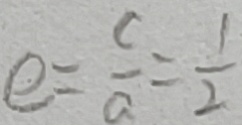
e = \frac { c } { a } = \frac { 1 } { 2 }